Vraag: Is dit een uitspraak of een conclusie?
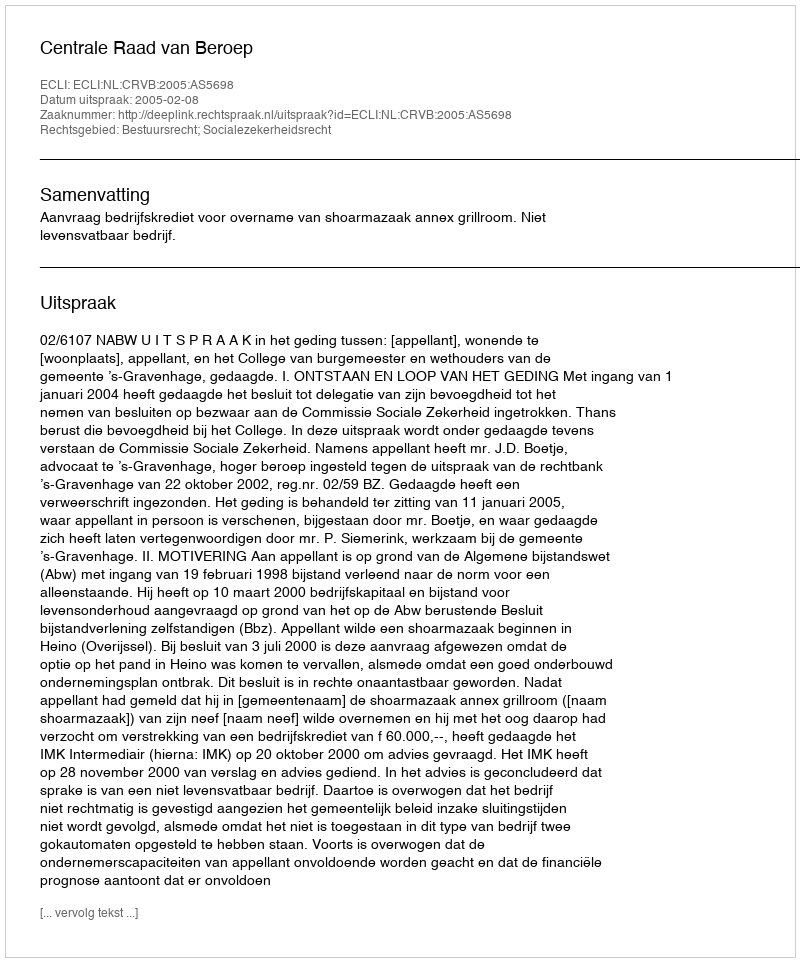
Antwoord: Uitspraak